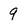
Character: 9